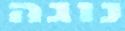
נוגה